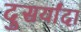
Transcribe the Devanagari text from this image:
दुसर्यांदा